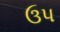
ઉપ